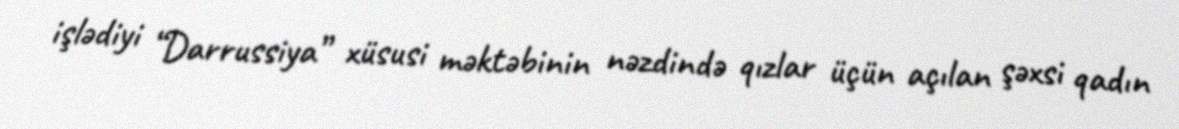
işlədiyi “Darrussiya” xüsusi məktəbinin nəzdində qızlar üçün açılan şəxsi qadın